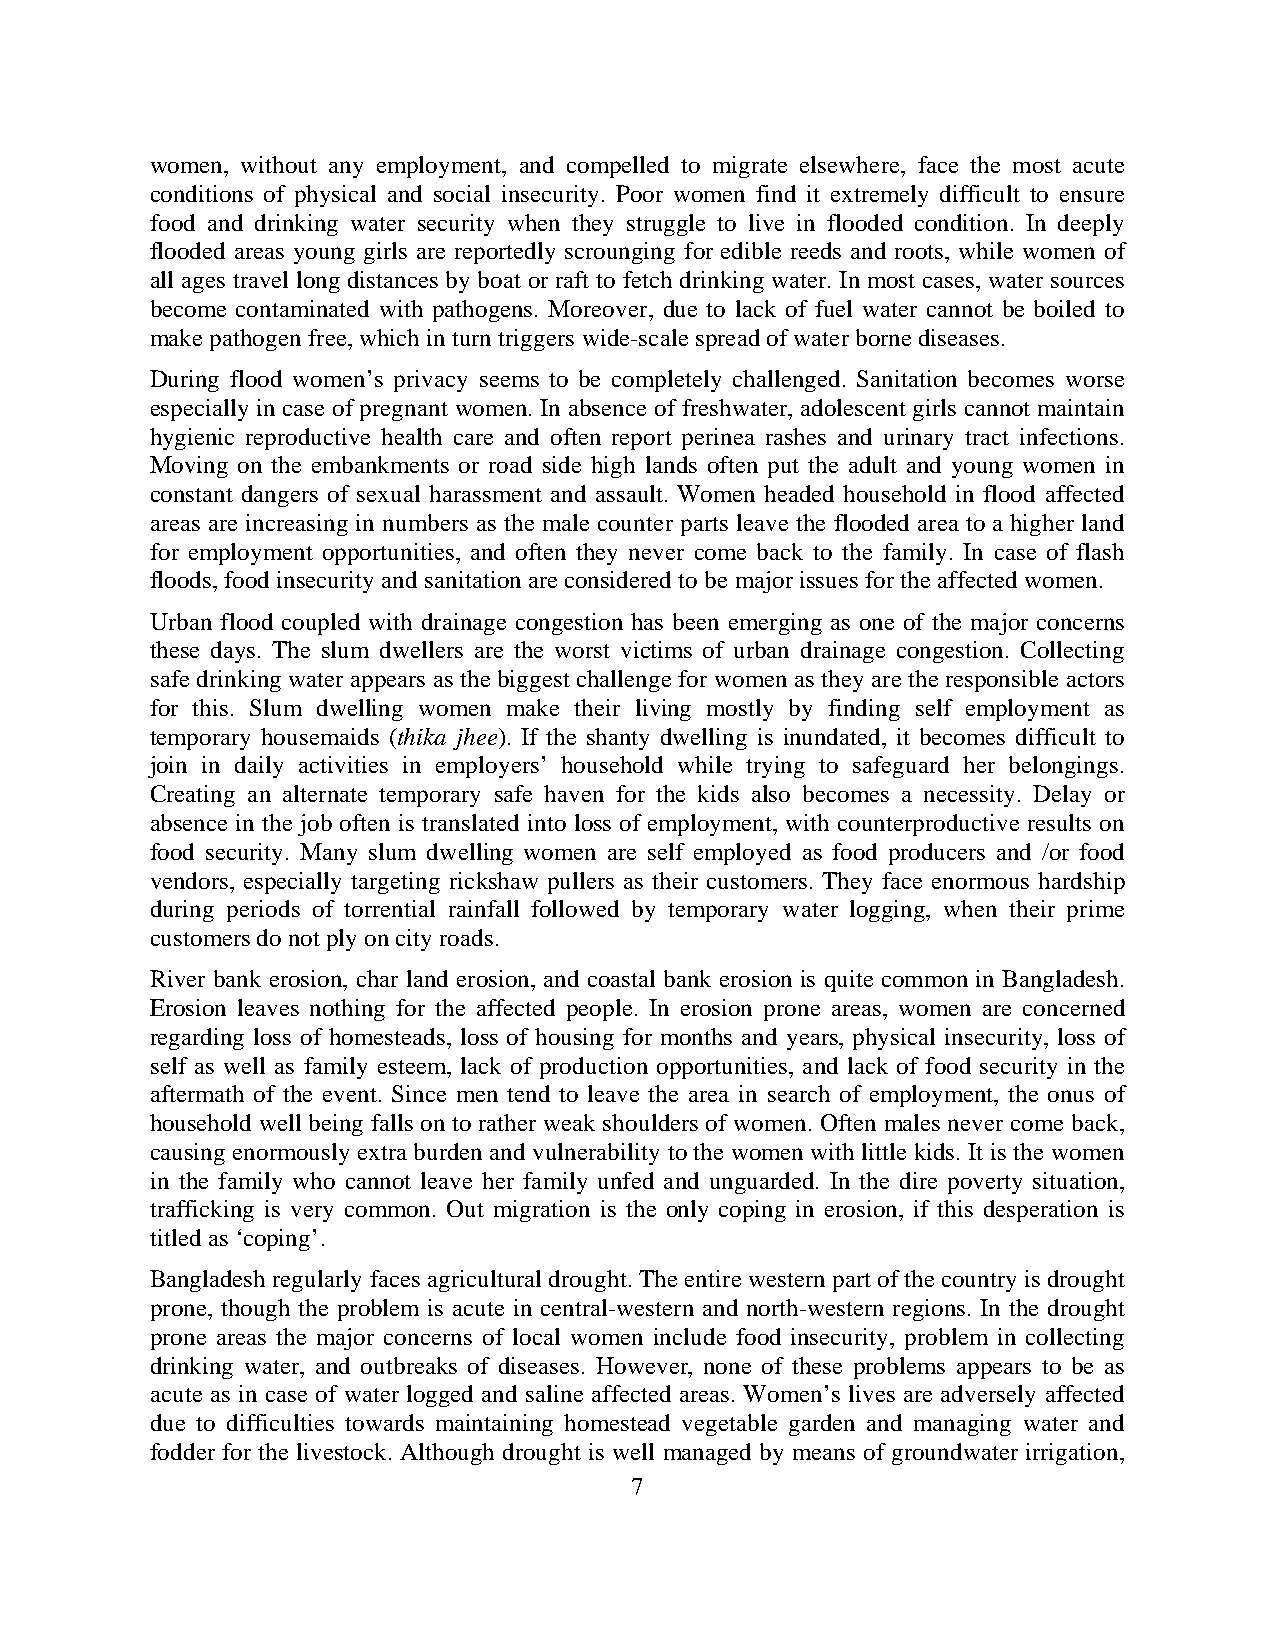
women, without any employment, and compelled to migrate elsewhere, face the most acute
 conditions of physical and social insecurity. Poor women find it extremely difficult to ensure
 food and drinking water security when they struggle to live in flooded condition. In deeply
 flooded areas young girls are reportedly scrounging for edible reeds and roots, while women of
 all ages travel long distances by boat or raft to fetch drinking water. In most cases, water sources
 become contaminated with pathogens. Moreover, due to lack of fuel water cannot be boiled to
 make pathogen free, which in turn triggers wide-scale spread of water borne diseases.
 During flood women’s privacy seems to be completely challenged. Sanitation becomes worse
 especially in case of pregnant women. In absence of freshwater, adolescent girls cannot maintain
 hygienic reproductive health care and often report perinea rashes and urinary tract infections.
 Moving on the embankments or road side high lands often put the adult and young women in
 constant dangers of sexual harassment and assault. Women headed household in flood affected
 areas are increasing in numbers as the male counter parts leave the flooded area to a higher land
 for employment opportunities, and often they never come back to the family. In case of flash
 floods, food insecurity and sanitation are considered to be major issues for the affected women.
 Urban flood coupled with drainage congestion has been emerging as one of the major concerns
 these days. The slum dwellers are the worst victims of urban drainage congestion. Collecting
 safe drinking water appears as the biggest challenge for women as they are the responsible actors
 for this. Slum dwelling women make their living mostly by finding self employment as
 temporary housemaids (thika jhee). If the shanty dwelling is inundated, it becomes difficult to
 join in daily activities in employers’ household while trying to safeguard her belongings.
 Creating an alternate temporary safe haven for the kids also becomes a necessity. Delay or
 absence in the job often is translated into loss of employment, with counterproductive results on
 food security. Many slum dwelling women are self employed as food producers and /or food
 vendors, especially targeting rickshaw pullers as their customers. They face enormous hardship
 during periods of torrential rainfall followed by temporary water logging, when their prime
 customers do not ply on city roads.
 River bank erosion, char land erosion, and coastal bank erosion is quite common in Bangladesh.
 Erosion leaves nothing for the affected people. In erosion prone areas, women are concerned
 regarding loss of homesteads, loss of housing for months and years, physical insecurity, loss of
 self as well as family esteem, lack of production opportunities, and lack of food security in the
 aftermath of the event. Since men tend to leave the area in search of employment, the onus of
 household well being falls on to rather weak shoulders of women. Often males never come back,
 causing enormously extra burden and vulnerability to the women with little kids. It is the women
 in the family who cannot leave her family unfed and unguarded. In the dire poverty situation,
 trafficking is very common. Out migration is the only coping in erosion, if this desperation is
 titled as ‘coping’.
 Bangladesh regularly faces agricultural drought. The entire western part of the country is drought
 prone, though the problem is acute in central-western and north-western regions. In the drought
 prone areas the major concerns of local women include food insecurity, problem in collecting
 drinking water, and outbreaks of diseases. However, none of these problems appears to be as
 acute as in case of water logged and saline affected areas. Women’s lives are adversely affected
 due to difficulties towards maintaining homestead vegetable garden and managing water and
 fodder for the livestock. Although drought is well managed by means of groundwater irrigation,
 7